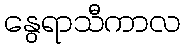
နွေရာသီကာလ